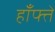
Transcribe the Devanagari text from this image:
हाँफ्ते